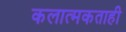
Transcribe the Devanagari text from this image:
कलात्मकताही